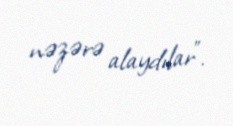
nəzərə alaydılar”.